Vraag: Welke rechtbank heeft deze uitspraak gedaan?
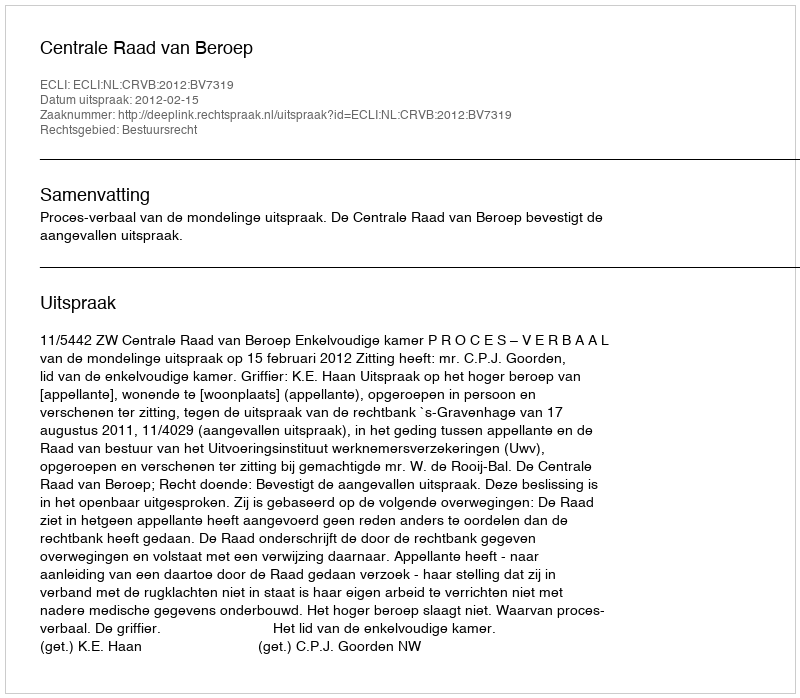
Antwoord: Centrale Raad van Beroep